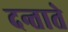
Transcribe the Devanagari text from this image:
दन्ताते